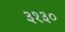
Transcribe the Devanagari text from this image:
३१३०